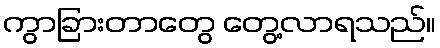
ကွာခြားတာတွေ တွေ့လာရသည်။